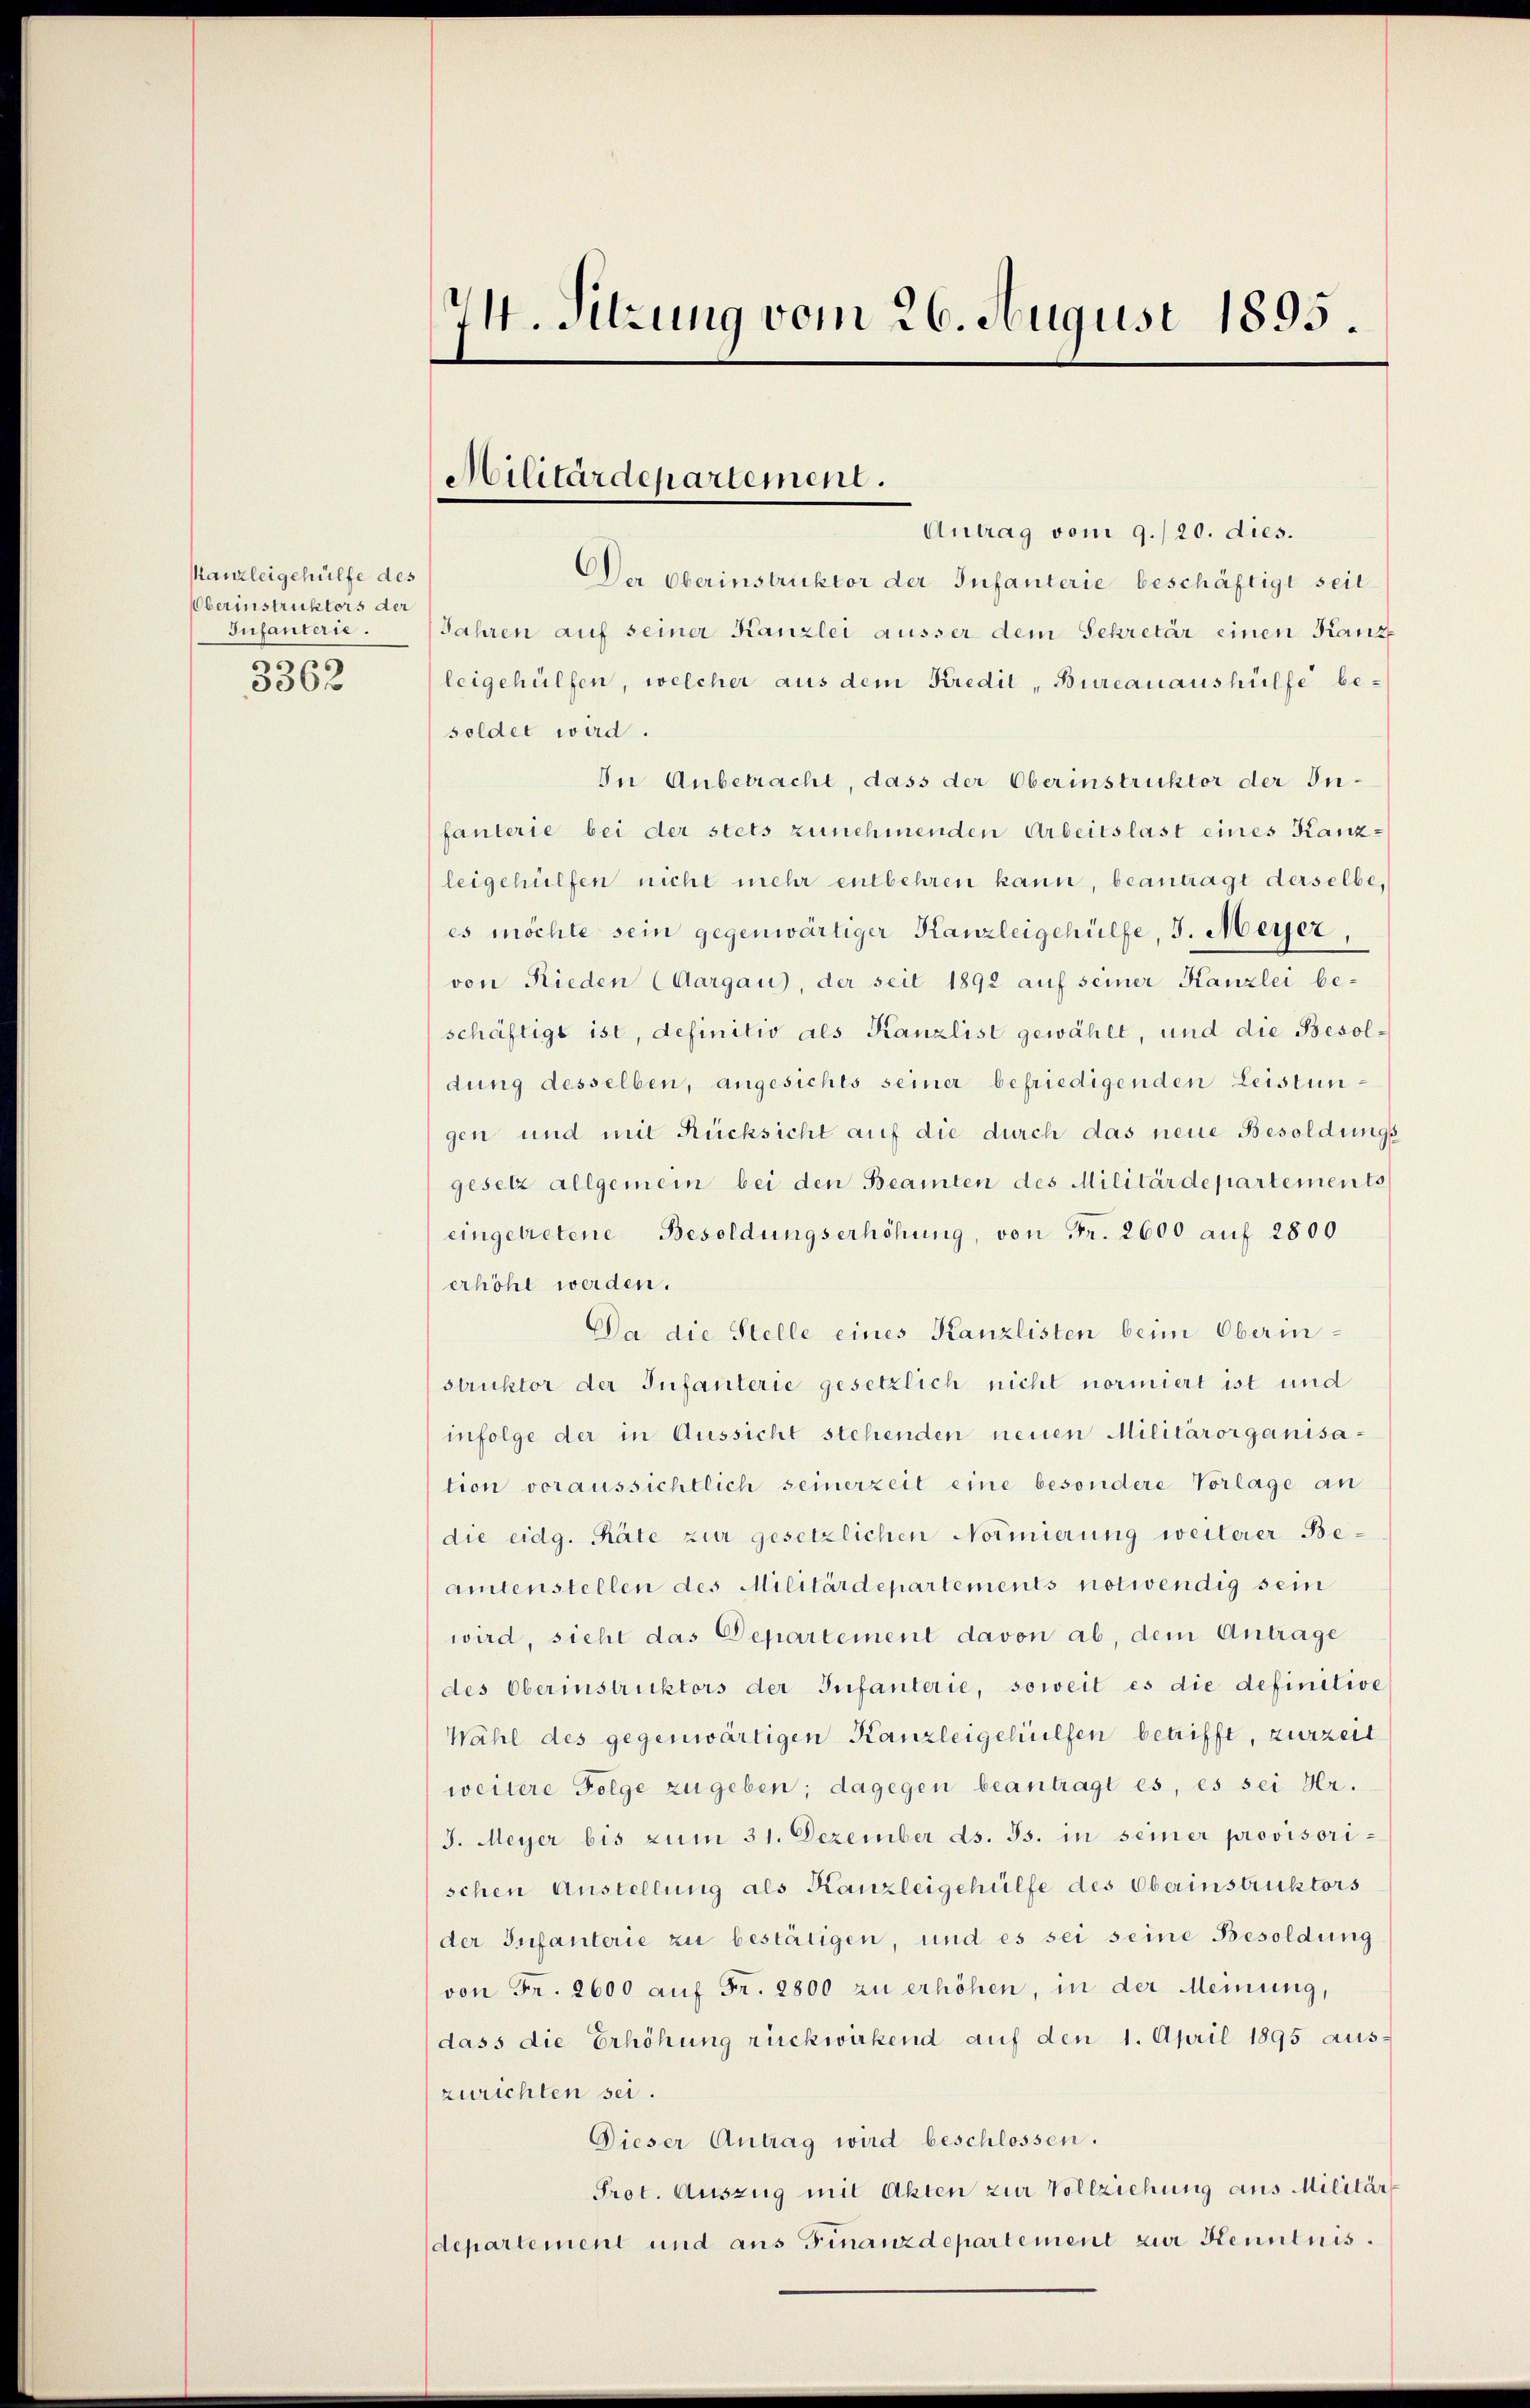
skanzleigehülfe des
berinstruktors der
Infanterie.
s
3062

Antrag vom 9./20. dies.
Der Oberinstruktor der Infanterie beschäftigt seit
Jahren auf seiner Kanzlei äusser dem Sekretär einen Kanz
leigehülfen, welcher aus dem Kredit, Bureauaushülfe be-
soldet wird.
In Anbetracht, dass der Oberinstruktor der Infanterie bei der stets zunehmenden Arbeitslast eines Kanzleigehülfen nicht mehr entbehren kann, beantragt derselbe,
es möchte sein gegenwärtiger Kanzleigehülfe, J. Meyer,
von Rieden (Aargau), der seit 1892 auf seiner Kanzlei beschäftigt ist, definitiv als Kanzlist gewählt, und die Besoldung desselben, angesichts seiner befriedigenden Leistungen und mit Rücksicht auf die durch das neue Besoldungs
gesetz allgemein bei den Beamten des Militärdepartements
eingetretene Besoldungserhöhung, von Fr. 2600 auf 2800
erhöht werden.
Da die Stelle eines Kanzlisten beim Oberinstruktor der Infanterie gesetzlich nicht normiert ist und
infolge der in Aussicht stehenden neuen Militärorganisation voraussichtlich seinerzeit eine besondere Vorlage an
die eidg. Räte zur gesetzlichen Normierung weiterer Beamtenstellen des Militärdepartements notwendig sein
wird, sieht das Departement davon ab, dem Antrage
des Oberinstruktors der Infanterie, soweit es die definitive
Wahl des gegenwärtigen Kanzleigehülfen betrifft, zurzeit
weitere Folge zu geben; dagegen beantragt es, es sei Hr.
J. Meyer bis zum 31. Dezember ds. Js. in seiner provisorischen Anstellung als Kanzleigehülfe des Oberinstruktors
der Infanterie zu bestätigen, und es sei seine Besoldung
von Fr. 2600 auf Fr. 2800 zu erhöhen, in der Meinung,
dass die Erhöhung rückwirkend auf den 1. April 1895 aus-
zurichten sei.
Dieser Antrag wird beschlossen.
Prot. Auszug mit Akten zur Vollziehung aus Militär-
departement und aus Finanzdepartement zur Kenntnis.

24. Sitzung vom 26. August 1895.

Militärdepartement.